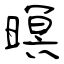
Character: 暝